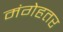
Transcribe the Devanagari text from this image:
मंगेहतर